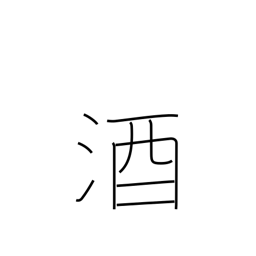
Meaning: sake